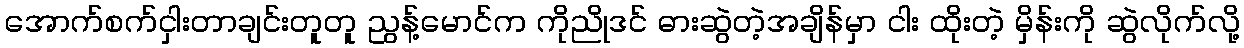
အောက်စက်ငှါးတာချင်းတူတူ ညွန့်မောင်က ကိုညိုဒင် ဓားဆွဲတဲ့အချိန်မှာ ငါး ထိုးတဲ့ မှိန်းကို ဆွဲလိုက်လို့